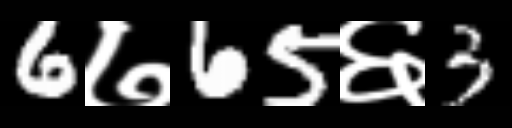
Text: 6७65६3